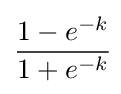
{\frac {1-e^{-k}}{1+e^{-k}}}\!